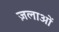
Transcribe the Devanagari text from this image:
ज़लाओं